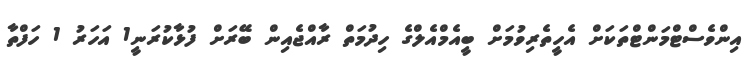
އިންވެސްޓްމަންޓްތަކަށް އެހީތެރިވުމަށް ބީއެމްއެލްގެ ހިދުމަތް ރާއްޖެއިން ބޭރަށް ފުޅާކުރަނީ1 އަހަރު 1 ހަފްތާ